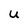
Character: U